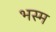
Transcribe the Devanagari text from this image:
भस्‍म